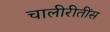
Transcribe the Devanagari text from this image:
चालीरीतींस